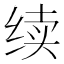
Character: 续